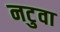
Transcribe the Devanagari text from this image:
नटुवा